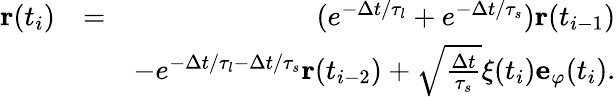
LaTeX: \begin{array}{rlr}{\mathbf{r}(t_{i})}&{=}&{(e^{-\Delta t/\tau_{l}}+e^{-\Delta t/\tau_{s}})\mathbf{r}(t_{i-1})}\\ &{}&{-e^{-\Delta t/\tau_{l}-\Delta t/\tau_{s}}\mathbf{r}(t_{i-2})+\sqrt{\frac{\Delta t}{\tau_{s}}}\xi(t_{i})\mathbf{e}_{\varphi}(t_{i}).}\end{array}